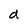
Character: d